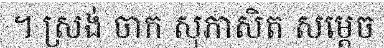
។ ស្រង់ ចាក សុភាសិត សម្តេច